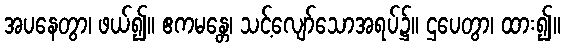
အပနေတွာ၊ ဖယ်၍။ ဧကမန္တေ၊ သင့်လျော်သောအရပ်၌။ ဌပေတွာ၊ ထား၍။